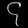
Digit: ၄